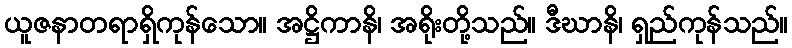
ယူဇနာတရာရှိကုန်သော။ အဋ္ဌိကာနိ၊ အရိုးတို့သည်။ ဒီဃာနိ၊ ရှည်ကုန်သည်။